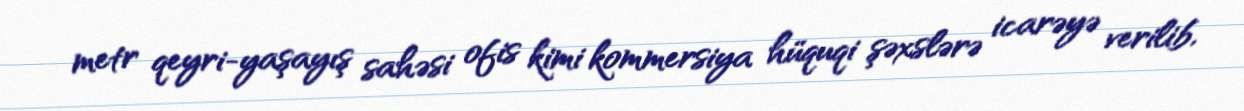
metr qeyri-yaşayış sahəsi ofis kimi kommersiya hüquqi şəxslərə icarəyə verilib,